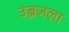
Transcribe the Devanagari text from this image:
उंब्रजला